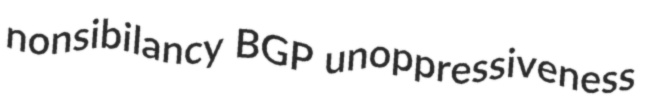
nonsibilancy BGP unoppressiveness